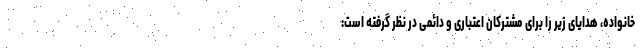
خانواده، هدایای زیر را برای مشترکان اعتباری و دائمی در نظر گرفته است: